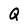
Character: Q